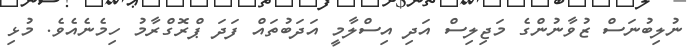
ނުލިބުނަސް ޒުވާނުންގެ މަޖިލިސް އަދި އިސްލާމީ އަދަބުތައް ފަދަ ޕްރޮގްރާމު ހިމެނެއެވެ. މުޅި